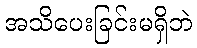
အသိပေးခြင်းမရှိဘဲ